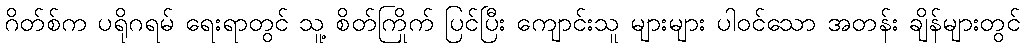
ဂိတ်စ်က ပရိုဂရမ် ရေးရာတွင် သူ့ စိတ်ကြိုက် ပြင်ပြီး ကျောင်းသူ များများ ပါဝင်သော အတန်း ချိန်များတွင်